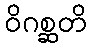
ဝိဂစ္ဆတိ